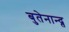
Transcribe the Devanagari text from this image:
बुतेनान्द्त